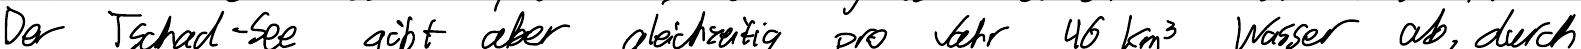
Der Tschad-See gibt aber gleichzeitig pro Jahr 46 km^3 Wasser ab, durch